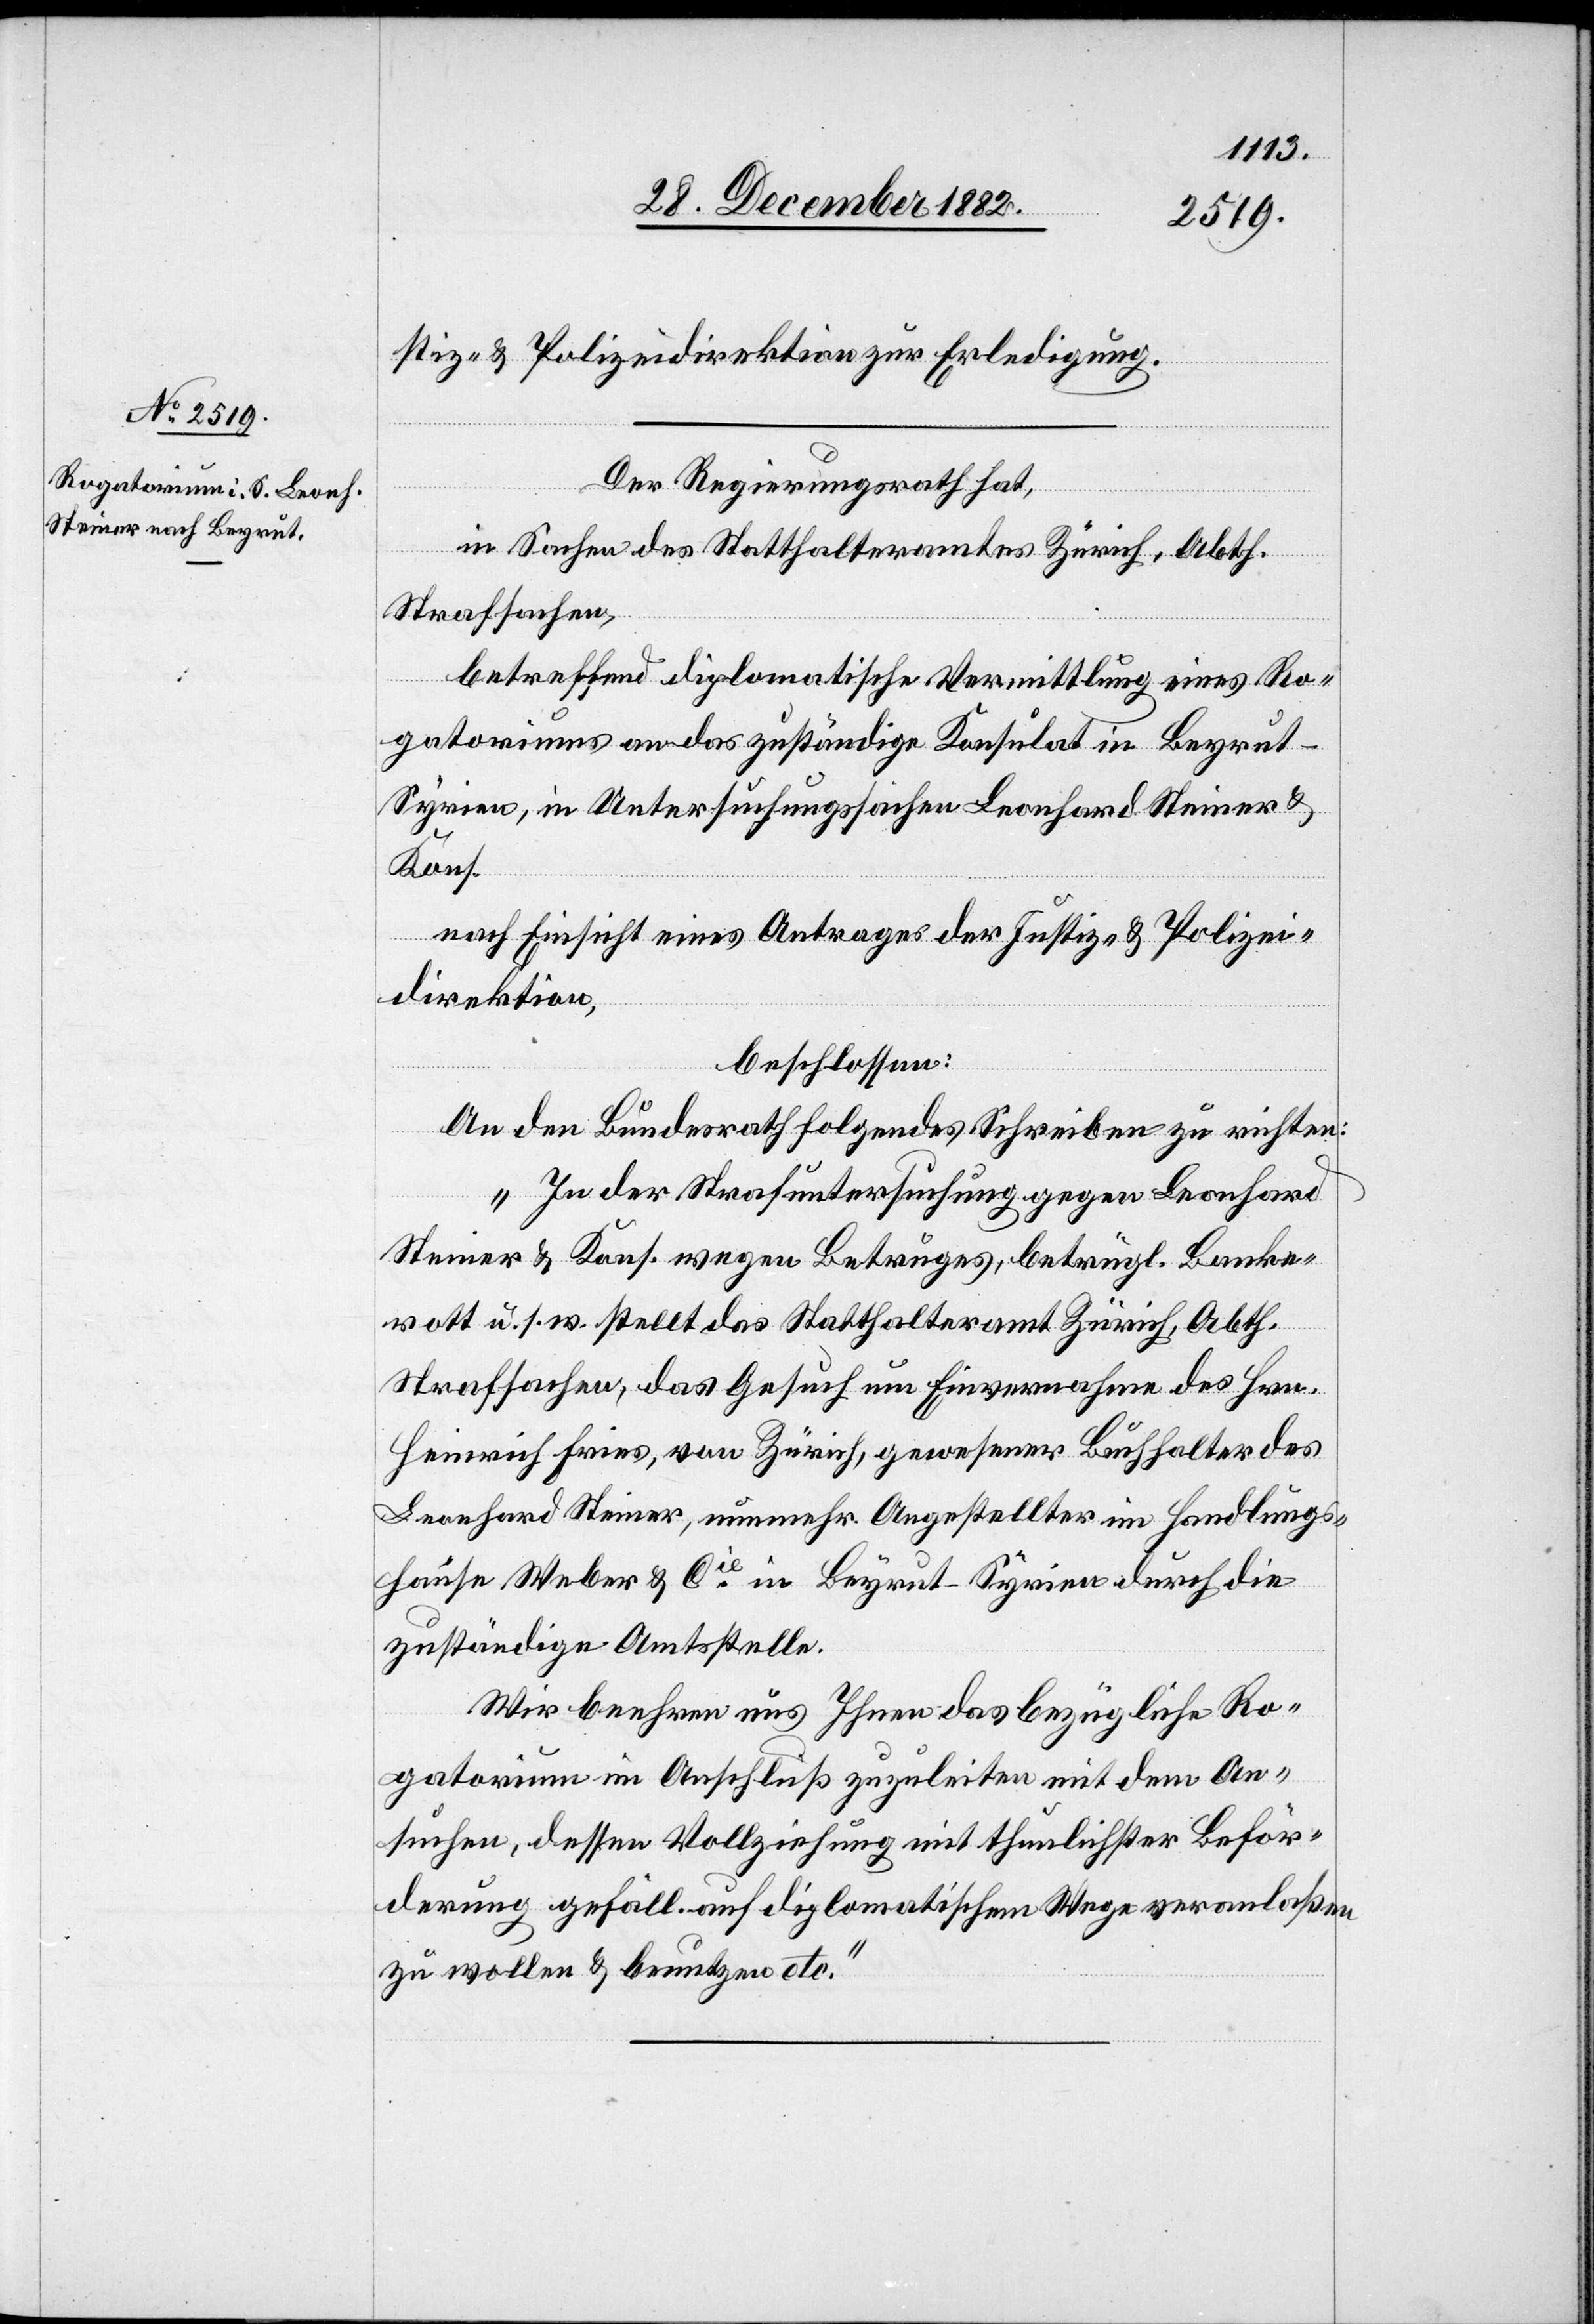
29. December 1882.]
stiz- & Polizeidirektion zur Erledigung.
Der Regierungsrath hat,
in Sachen des Statthalteramtes Zürich, Abth.
Strafsachen,
betreffend diplomatische Vermittlung eines Ro¬
gatoriums an das zuständige Konsulat in Beyrut
Syrien, in Untersuchungssachen Leonhard Steiner &
Kons.
nach Einsicht eines Antrages der Justiz- & Polizei¬
direktion,
beschlossen:
An den Bundesrath folgendes Schreiben zu richten:
„In der Strafuntersuchung gegen Leonhard
Steiner & Kons. wegen Betruges, betrügl. Banke¬
rott u. s. w. stellt das Statthalteramt Zürich, Abth.
Strafsachen, das Gesuch um Einvernahme des Hrn.
Heinrich Fries, von Zürich, gewesener Buchhalter des
Leonhard Steiner, nunmehr Angestellter im Handlungs¬
hause Weber & Cie in Beyrut - Syrien durch die
zuständige Amtsstelle.
Wir beehren uns Ihnen das bezügliche Ro¬
gatorium im Anschluß zuzuleiten mit dem An¬
suchen, dessen Vollziehung mit thunlichster Beför¬
derung gefäll. auf diplomatischem Wege veranlaßen
zu wollen & benutzen etc.“